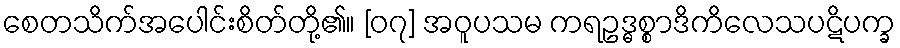
စေတသိက်အပေါင်းစိတ်တို့၏။ [၀၇] အဝူပသမ ကရဥဒ္ဓစ္စာဒိကိလေသပဋိပက္ခ